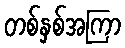
တစ်နှစ်အကြာ